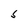
Character: S